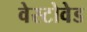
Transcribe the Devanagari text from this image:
वेस्टोवेड